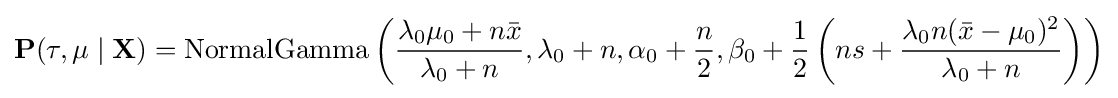
\mathbf {P} (\tau ,\mu \mid \mathbf {X} )={\text{NormalGamma}}\left({\frac {\lambda _{0}\mu _{0}+n{\bar {x}}}{\lambda _{0}+n}},\lambda _{0}+n,\alpha _{0}+{\frac {n}{2}},\beta _{0}+{\frac {1}{2}}\left(ns+{\frac {\lambda _{0}n({\bar {x}}-\mu _{0})^{2}}{\lambda _{0}+n}}\right)\right)